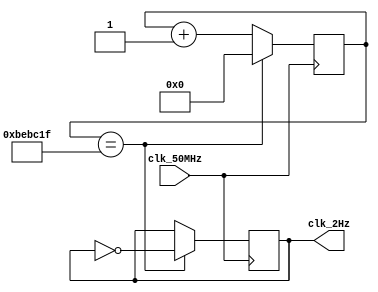
module clk_generator (clk_2Hz, clk_50MHz);
input clk_50MHz;
reg [24:0] counter;
output reg clk_2Hz;
//this implementation assumes that the output clk starts as active low
initial
   begin
      counter <= 0;
      clk_2Hz <= 0;
   end
always @(posedge clk_50MHz)
   begin
      if(counter == 12499999)
         begin
            clk_2Hz <= ~clk_2Hz;
            counter <= 0;
         end
       else
         begin
            counter <= counter + 1;
         end
         
   end
endmodule